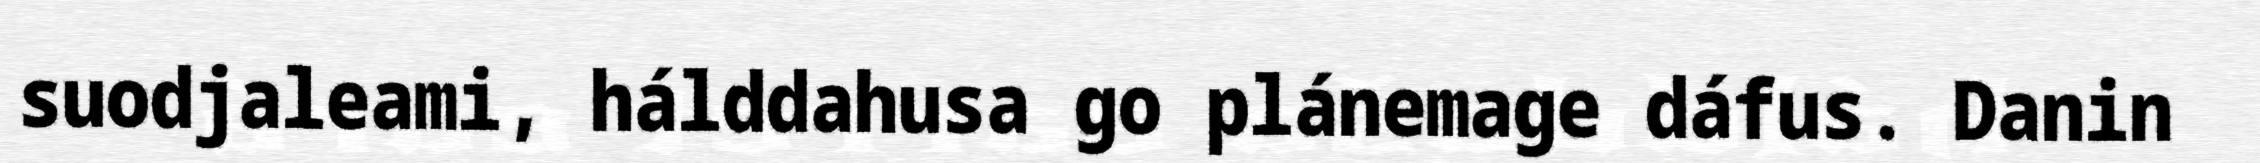
suodjaleami, hálddahusa go plánemage dáfus. Danin